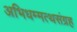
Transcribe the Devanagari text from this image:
अभिधम्मत्थसंग्रह